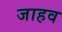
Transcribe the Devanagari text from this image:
जाहव